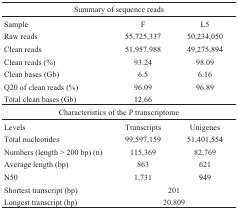
<table><thead><tr><td colspan="3"><b>Summary ofsequence reads</b></td></tr></thead><tbody><tr><td>Sample</td><td>F</td><td>L5</td></tr><tr><td>Raw reads</td><td>55,725,337</td><td>50,234,050</td></tr><tr><td>Clean reads</td><td>51,957,988</td><td>49,275,894</td></tr><tr><td>Clean reads(%)</td><td>93.24</td><td>98.09</td></tr><tr><td>Clean bases(Gb)</td><td>6.5</td><td>6.16</td></tr><tr><td>Q20 of clean reads(%)</td><td>96.09</td><td>96.89</td></tr><tr><td>Total clean bases(Gb)</td><td>12.66</td><td></td></tr><tr><td colspan="3">Characteristics of the P transcriptome</td></tr><tr><td>Levels</td><td>Transcripts</td><td>Unigenes</td></tr><tr><td>Totalnucleotides</td><td>99,597,159</td><td>51,401,554</td></tr><tr><td>Numbers (length&gt; 200 bp) (n)</td><td>115,369</td><td>82,769</td></tr><tr><td>Average length(bp)</td><td>863</td><td>621</td></tr><tr><td>N50</td><td>1,731</td><td>949</td></tr><tr><td>Shortest transcript(bp)</td><td colspan="2">201</td></tr><tr><td>Longest transcript(bp)</td><td colspan="2">20,809</td></tr></tbody></table>